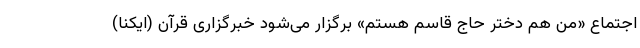
اجتماع «من هم دختر حاج قاسم هستم» برگزار می‌شود خبرگزاری قرآن (ایکنا)